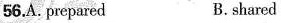
56.A. prepared B. shared